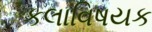
કલાવિષયક